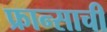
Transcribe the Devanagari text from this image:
फ्रान्साची